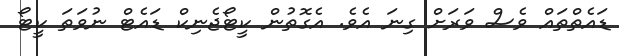
ޑައެތްތައް ވެސް ވަރަށް ގިނަ އެވެ. އެގޮތުން ކީޓޯޖެނިކް ޑައެޓް ނުވަތަ ކީޓޯ